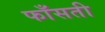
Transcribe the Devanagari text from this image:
फाँसती